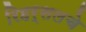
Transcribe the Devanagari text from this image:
रिहर्सलचे